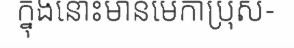
ក្នុងនោះមានមេកាប្រុស-